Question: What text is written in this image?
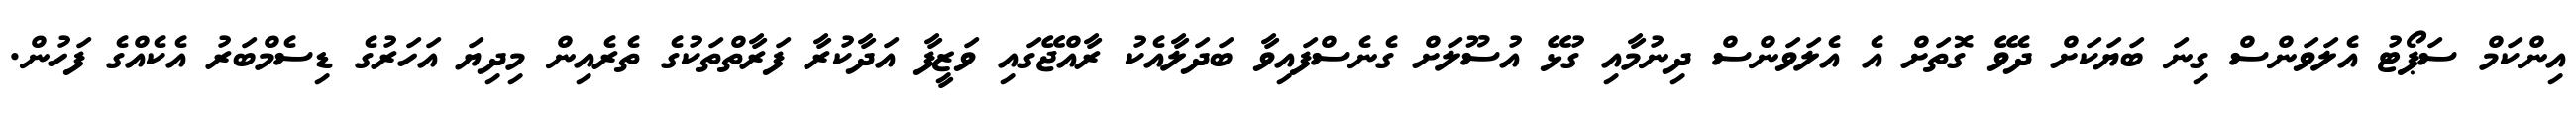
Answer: އިންކަމް ސަޕޯޓު އެލަވަންސް ގިނަ ބަޔަކަށް ދެވޭ ގޮތަށް އެ އެލަވަންސް ދިނުމާއި ގުޅޭ އުސޫލަށް ގެނެސްފައިވާ ބަދަލާއެކު ރާއްޖޭގައި ވަޒީފާ އަދާކުރާ ފަރާތްތަކުގެ ތެރެއިން މިދިޔަ އަހަރުގެ ޑިސެމްބަރު އެކެއްގެ ފަހުން.